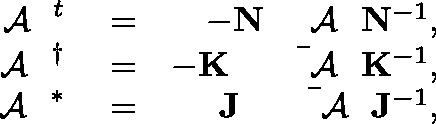
\begin{array} { r l r } { \mathrm { ~ \boldmath ~ { ~ \cal ~ A ~ } ~ } ^ { t } } & { { } = } & { - { \bf N } \mathrm { ~ \boldmath ~ { ~ \cal ~ A ~ } ~ } { \bf N } ^ { - 1 } , } \\ { \mathrm { ~ \boldmath ~ { ~ \cal ~ A ~ } ~ } ^ { \dagger } } & { { } = } & { - { \bf K } { \, \, \, \bar { \mathrm { ~ \! ~ \! ~ \! ~ \boldmath ~ { ~ \cal ~ A ~ } ~ } } } { \bf K } ^ { - 1 } , } \\ { \mathrm { ~ \boldmath ~ { ~ \cal ~ A ~ } ~ } ^ { * } } & { { } = } & { { \bf J } { \, \, \, \bar { \mathrm { ~ \! ~ \! ~ \! ~ \boldmath ~ { ~ \cal ~ A ~ } ~ } } } { \bf J } ^ { - 1 } , } \end{array}